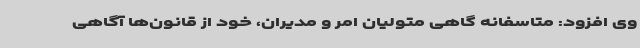
وی افزود: متاسفانه گاهی متولیان امر و مدیران، خود از قانون‌ها آگاهی